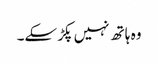
وہ ہاتھ نہیں پکڑ سکے۔